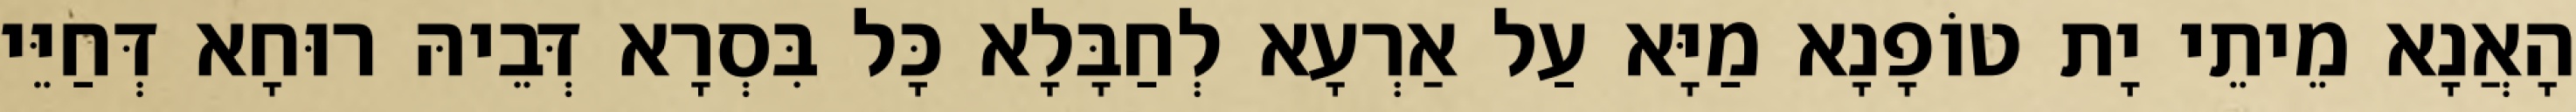
הָאֲנָא מֵיתֵי יָת טוֹפָנָא מַיָּא עַל אַרְעָא לְחַבָּלָא כָּל בִּסְרָא דְּבֵיהּ רוּחָא דְּחַיֵּי